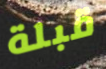
قبلة